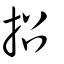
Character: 招